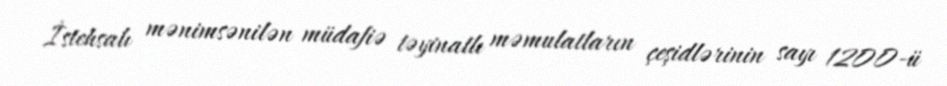
İstehsalı mənimsənilən müdafiə təyinatlı məmulatların çeşidlərinin sayı 1200-ü